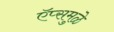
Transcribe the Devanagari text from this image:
ऍप्समुळे